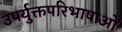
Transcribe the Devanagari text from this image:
उपर्युक्तपरिभाषाओं